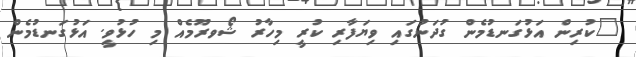
"ކުރިން އަޅުގަނޑުމެން ގުދަނުގައި ވިޔަފާރި ކުރީ މިހާރު ޝޯވރޫމެއް މި ހުޅުވީ. އަޅުގަނޑުމެން